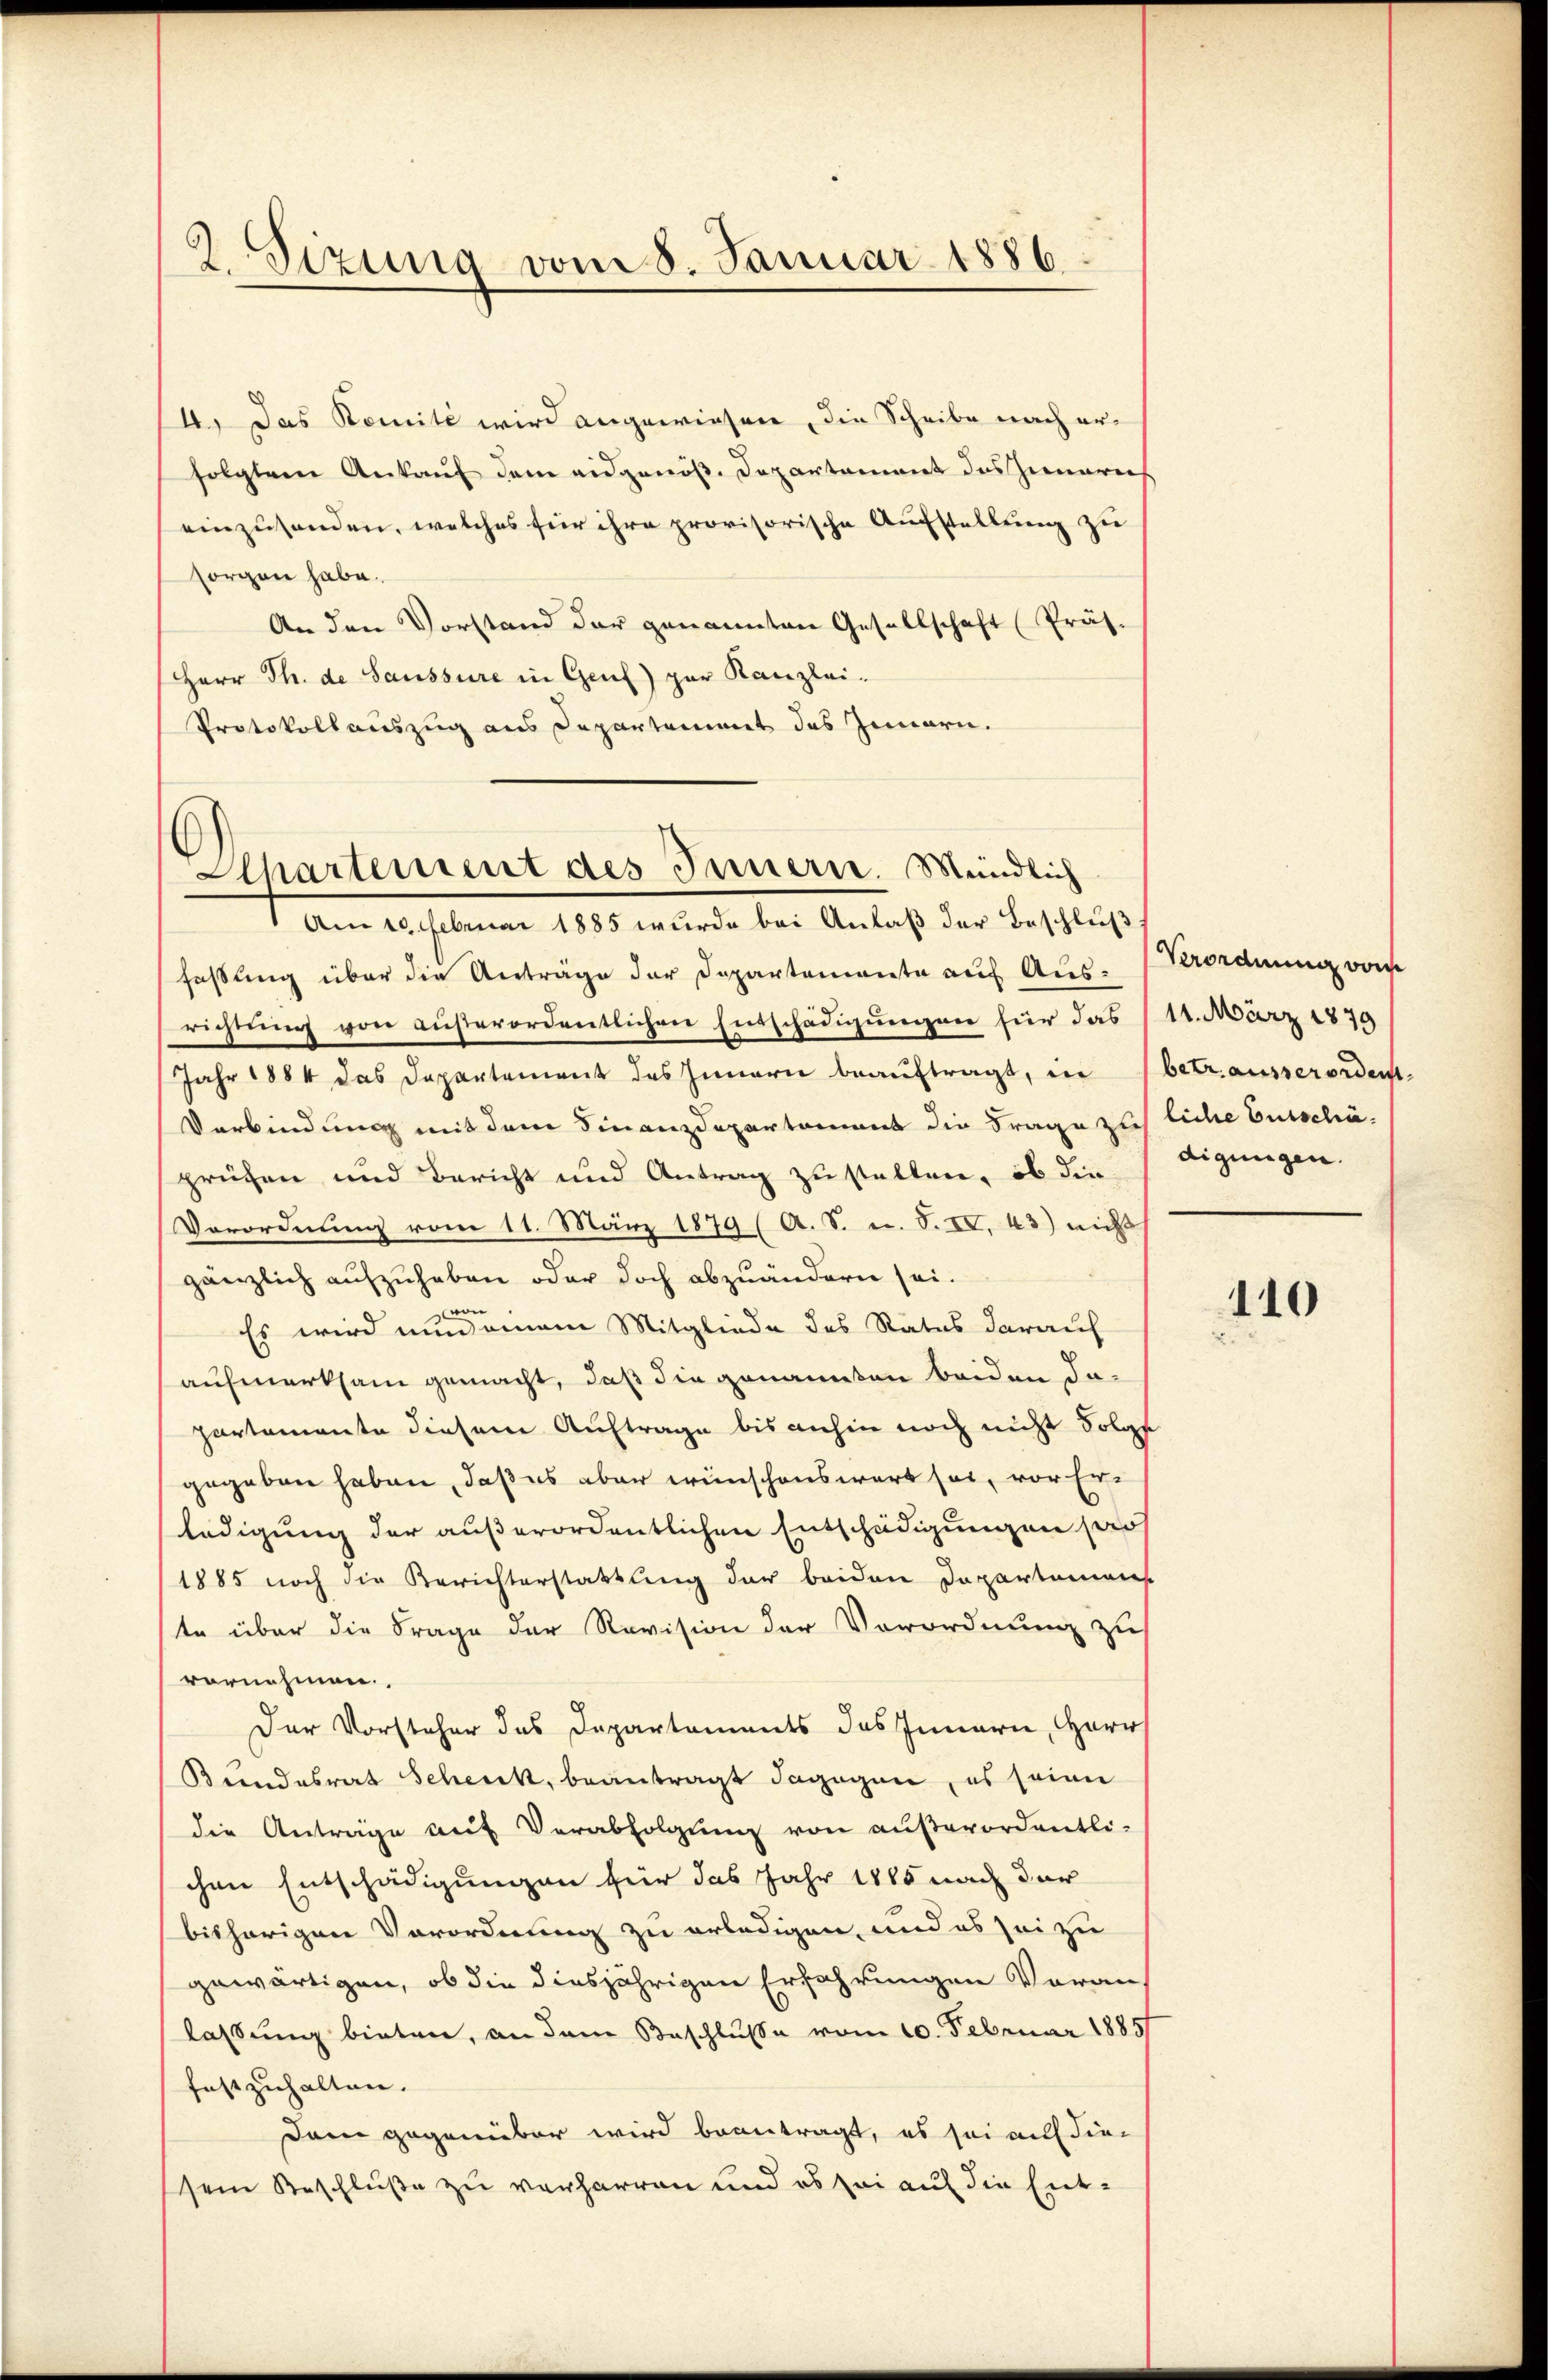
4.) Das Komité wird angewiesen, die Scheibe nach erfolgten Ankauf dem eidgenöß. Departament des Innerich
einzusenden, welches für ihre provisorische Aufstellung zu
sorgen habe.
An den Vorstand der genannten Gesellschaft Präs.
Herr Th. de Saussure in Genf) zur Kanzlei.
Protokollauszug aus Departammet des Innern.

2 Sizung vom 8. Januar 1886

Alhartement des Innern. Mündlich

Am 10. Februar 1885 wurde bei Anlaß der Beschluß
fassung über die Anträge der Departemonte auf Aus-Krordnung vom
richtung von außerordentlichen Entschädigungen für das (11. März 1879
Jahr 1884 das Departement des Innern beauftragt, in betr. ausserordent¬
Verbindung mit dem Finanzdepartement die Frage ziehliche Gutschäprüfen und Bericht und Antrag zu stellen, ob die
Verordnung vom 11. März 1879 (A. S. u. S. IV. 43) nicht
gänzlich aufzuheben oder doch abzuändern sei.
 |
Es wird nun einem Mitgliede des Rates darauf
aufmerksam gemacht, daß die genannten beiden dapartemente diesem Auftrage bis anhin noch nicht Folge
gegeben haben, daß es aber wünschenswert sei, vor Erledigung der außerordentlichen Entschädigungen sag
1885 noch die Berichterstattung der beiden Departemens
te über die Frage der Revision der Verordnung zu
vornehmen.
Der Vorsteher das Departements des Innern, Herr
Beendesrat Schenck, beantragt dagegen, es seine
die Anträge auf Verabfolgung von außerordentli-
chen Entschädigungen für das Jahr 1885 nach der
bisherigen Vorordnung zu erledigen, und es sei zu
gewärtigen, ob die diesjährigen Erfahrungen Voranlassung bieten, an dem Beschlusse vom 10. Februar 1885/
festzuhalten.
Dam gegenüber wird beantragt, es sei auf die
sem Beschluße zu verharren und es sei auf die Ent¬

digungen.

110